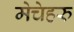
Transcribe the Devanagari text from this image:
मेचेहरु